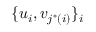
\{ u _ { i } , v _ { j ^ { * } ( i ) } \} _ { i }